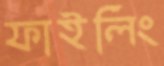
ফাইলিং